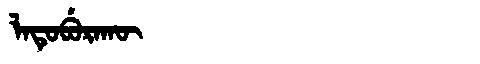
Manchu: ᠯᠠᡨᡠᠪᡠᡵᠠᡴᡡ
Romanization: LATUBURAKŪ